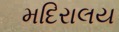
મદિરાલય